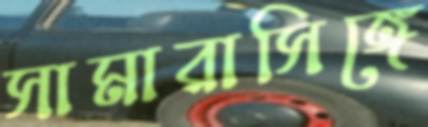
সামারাসিঙ্গে